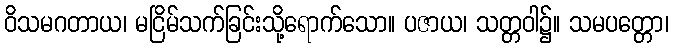
ဝိသမဂတာယ၊ မငြိမ်သက်ခြင်းသို့ရောက်သော။ ပဇာယ၊ သတ္တဝါ၌။ သမပတ္တော၊